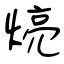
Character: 煷